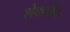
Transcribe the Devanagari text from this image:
शेफलीन